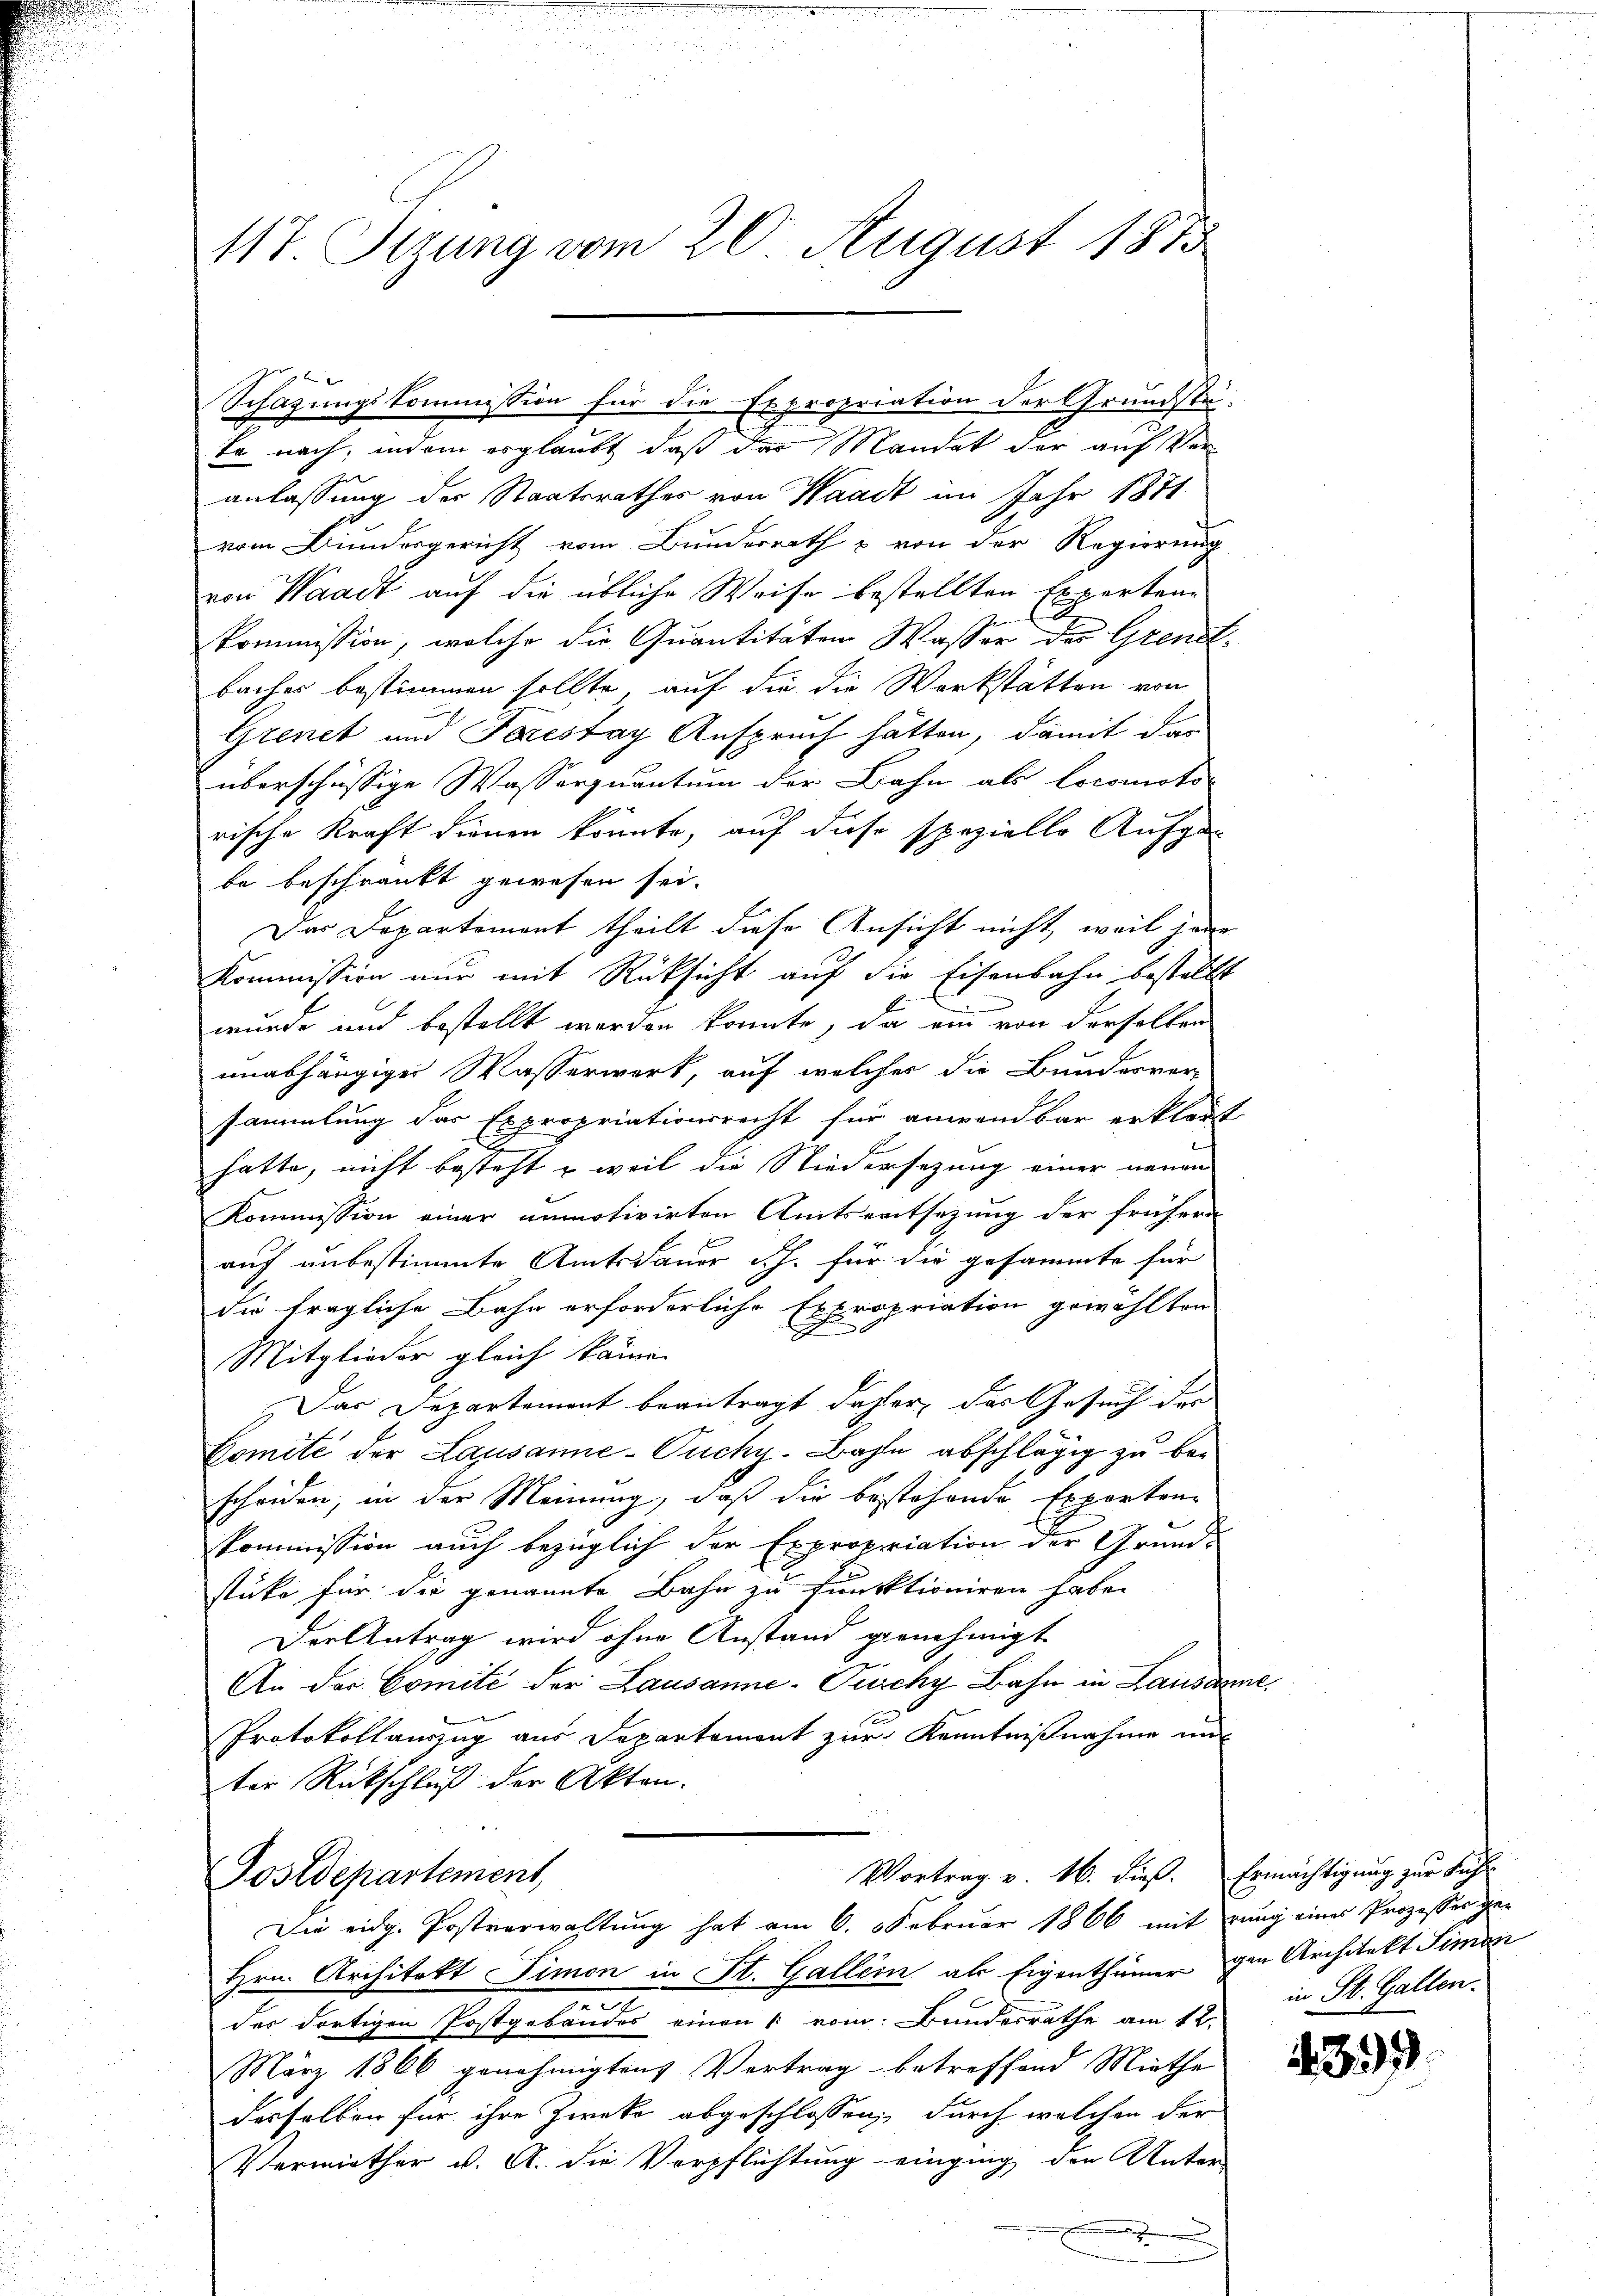
117. Setzung vom 20. August 1875

Schazungskommission für die Expropriation der Grundstä-

to nach, indem erglaubt, daß das Mandat der auf Veranlassung der Staatsrathes von Waadt im Jahr 1871
vom Bundesgericht vom Bunderrath & von der Regierung
von Waadt auf die übliche Weise bestellten Experten-
kommission, welche die Quantitäten Wasser der Grenbacher bestimmen sollte, auf die die Werkstätten von
Grenet und Forestag Anspruch hätten, damit das
überschüssige Wasserquantum der Bahn als locomoto-
rische Kraft dienen könnte, auf diese spezielle Aufga-
be beschränkt gewesen sei.
Das Departement theilt diese Ansicht nicht weil jene
Kommission nur mit Rücksicht auf die Eisenbahn bestellt
wurde und bestellt werden konnte, da ein von derselben
unabhängiger Wasserwerk, auf welches die Bundesver-
sammlung das Expropriationsrecht für anwendbar erklärt
hatte, nicht besteht – weil die Niedersezung einer neuen
Kommission einer unmotivirten Amtsentsetzung der frühern
auf unbestimmte Amtsdauer Sch. für die gesammte für
die fragliche Bahn erforderliche Expropriation gewählten
Mitglieder gleich kamen
Das Departement beantragt daher, das Gesuch der
Gomite der Lausanne-Puchy-Bahn abschlägig zu bescheiden, in der Meinung, daß die bestehende Experton-
kommission auch bezüglich der Expropriation der Grund-
stüke für die genannte Bahn zu funktioniren habe.
Der Antrag wird ohne Anstand genehmigt
An Jos. Comité der Lausanne-Puschy Bahn in Lausanne
Protokollauszug aus Departemont zur Kenntnißnahme und
ter Rückschluß der Akten.
Vortrag v. 16. dieß. Ermächtigung zur Füh¬
Postdepartement,
Die eidg. Postverwaltung hat am 6. Februar 1866 mit rung eines Prozesser ge-
Hrn. Architekt Simon in St. Gallein als Eigenthümer gen Architekt Simon
der dortigen Postgebäudes einen 1 vom Bundesrathe am 12.
März 1866 genehmigten Vertrag betreffend Miethe
desselben für ihre Zwecke abgeschlossen, durch welchen der
Vermiether v. A. die Verpflichtung einging den Unter-
a

in St. Gallen.

4399